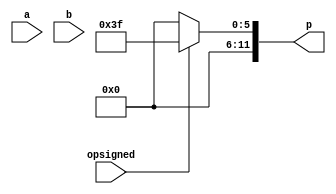
//
//
//
//
//
module mul6 #(
    parameter   WIDTH                   = 6
) (
    input  wire                         opsigned,
    input  wire [WIDTH-1:0]             a,
    input  wire [WIDTH-1:0]             b,
    output wire [WIDTH+WIDTH-1:0]       p
);

    // This was a stub to just check the testbench connectivity
    assign p = opsigned ? {WIDTH{1'b1}} : {WIDTH{1'b0}};

endmodule